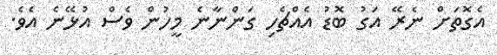
އެގޮތަށް ނެރޭ އަގު ބޮޑު އެއްޗެހި ގަންނާނެ މީހުން ވެސް އުޅޭނެ އެވެ.